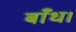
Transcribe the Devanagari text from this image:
बाँध।